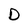
Character: D